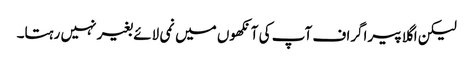
لیکن اگلا پیراگراف آپ کی آنکھوں میں نمی لائے بغیر نہیں رہتا۔